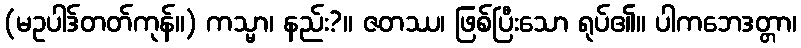
(မဥပါဒ်တတ်ကုန်။) ကသ္မာ၊ နည်း?။ ဇတဿ၊ ဖြစ်ပြီးသော ရုပ်၏။ ပါကဘေဒတ္တာ၊